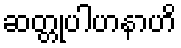
ဆတ္တုပါဟနာဟိ